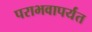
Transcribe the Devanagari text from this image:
पराभवापर्यंत